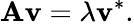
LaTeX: \mathbf{A}\mathbf{v}=\lambda\mathbf{v}^{*}.